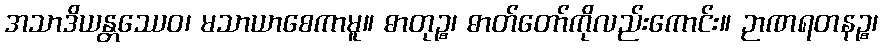
အသာဒိယန္တဿေဝ၊ မသာယာစေကာမူ။ ဓာတုဉ္စ၊ ဓာတ်တော်ကိုလည်းကောင်း။ ဉာဏရတနဉ္စ၊